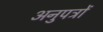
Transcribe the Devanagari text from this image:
अनुपत्रों